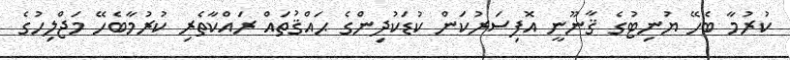
ކުރުމާ ބެހޭ ޔުނިޓުގެ ޤާނޫނީ އޮފިސަރުކަން ކުޑަކުދިންގެ ޙައްޤުތައް ރައްކާތެރި ކުރުމާބެހޭ މަޖްލިހުގެ